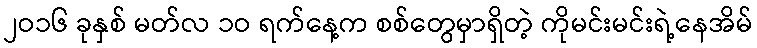
၂ဝ၁၆ ခုနှစ် မတ်လ ၁ဝ ရက်နေ့က စစ်တွေမှာရှိတဲ့ ကိုမင်းမင်းရဲ့နေအိမ်